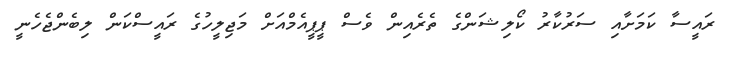
ރައީސާ ކަމަށާއި ސަރުކާރު ކޯލިޝަންގެ ތެރެއިން ވެސް ޕީޕީއެމްއަށް މަޖިލީހުގެ ރައީސްކަން ލިބެންޖެހެނީ